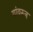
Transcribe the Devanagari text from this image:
यांवरुन